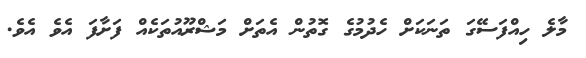
މާލެ ހިއްފަސޭގަ ތަނަކަށް ހެދުމުގެ ގޮތުން އެތަށް މަޝްރޫއުތަކެއް ފަށާފަ އެވެ އެވެ.